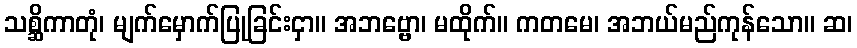
သစ္ဆိကာတုံ၊ မျက်မှောက်ပြုခြင်းငှာ။ အဘဗ္ဗော၊ မထိုက်။ ကတမေ၊ အဘယ်မည်ကုန်သော။ ဆ၊